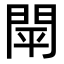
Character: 閛